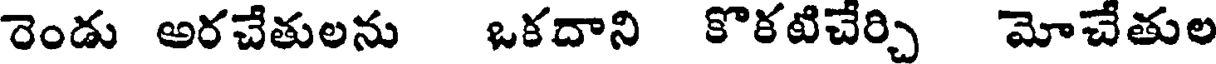
రెండు అరచేతులను ఒకదాని కొకటిచేర్చి మోచేతుల